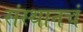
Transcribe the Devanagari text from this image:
संस्थानचं